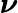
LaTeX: \boldsymbol{\nu}